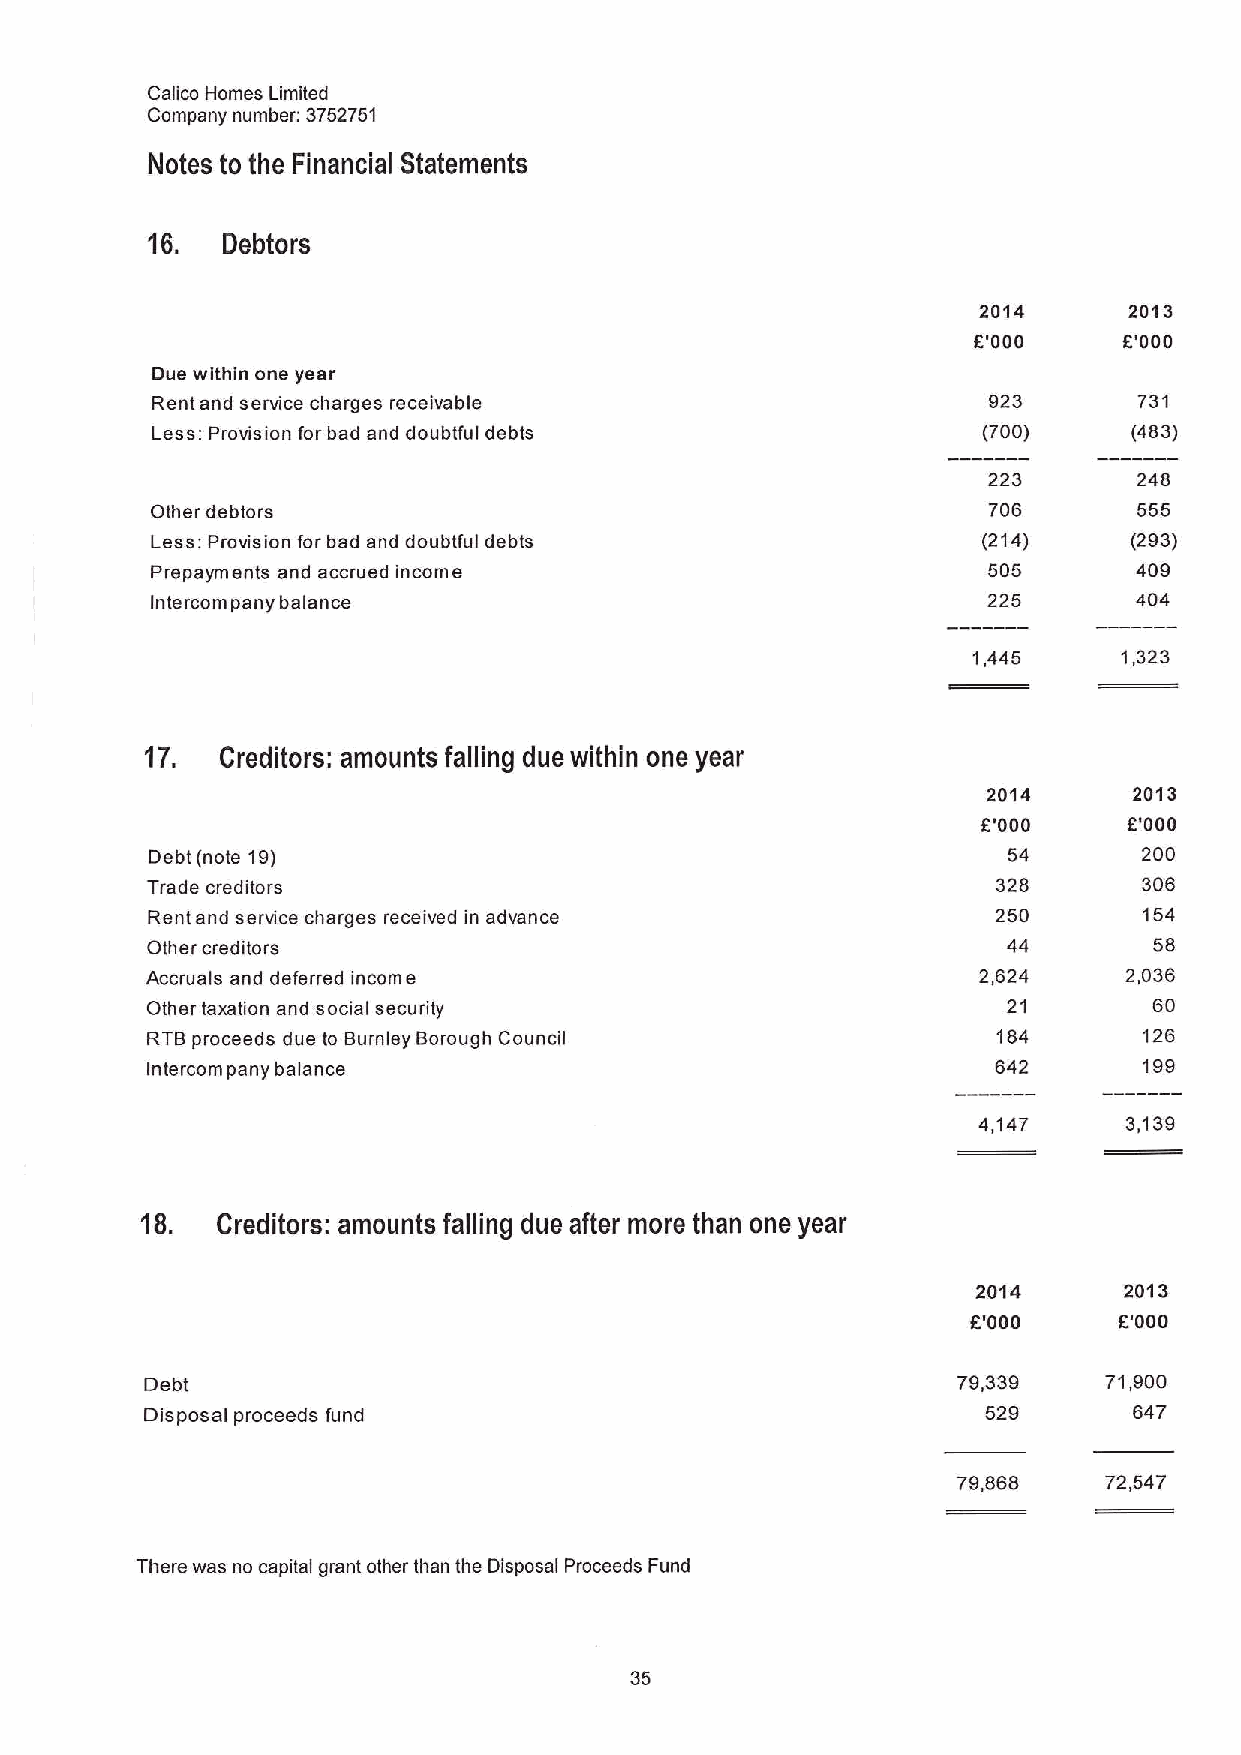
Calico Homes Limited
 Company number: 3752751
 Notes to the Financial Statements
 16.  Debtors
 2014      2013
 E'000     E'000
 Due within one year
 Rent and service charges receivable                    923       731
 Less: Provision forbad and doubtful debts              (700)     (483)
 223       248
 Other debtors                                          706       555
 Less: Provision for bad and doubtful debts             (214)     (293)
 Prepayments and accrued income                         505       409
 balance                                       225       404
 Intercompany
 1,445     1,323
 17.  Creditors: amounts falling due within one year
 2014      2013
 E'000     E'000
 Debt (note 19)                                           54       200
 Trade creditors                                         328       306
 Rent and service charges received in advance            250       154
 Other creditors                                          44       58
 Accruals and deferred income                           2,624    2,036
 Other taxation and social security                       21       60
 RTBproceeds due to Burnley Borough Council              184       126
 Intercompany balance                                    642       199
 4,147     3,139
 18.  Creditors: amounts falling due after more than one year
 2014     2013
 E'000     E'000
 Debt                                                 79,339    71,900
 Disposal proceeds fund                                 529       647
 79,868    72,547
 There was no capital grant other than the Disposal Proceeds Fund
 35